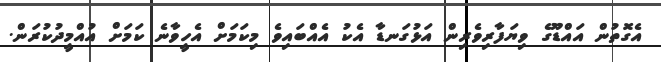
އެގޮތުން އައްޑޫގެ ވިޔަފާރިވެރިން އަޅުގަނޑާ އެކު އެއްބައިވެ މިކަމަށް އެހީވާނެ ކަމަށް އުއްމީދުކުރަން.